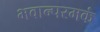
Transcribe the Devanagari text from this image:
भवान्परमकं